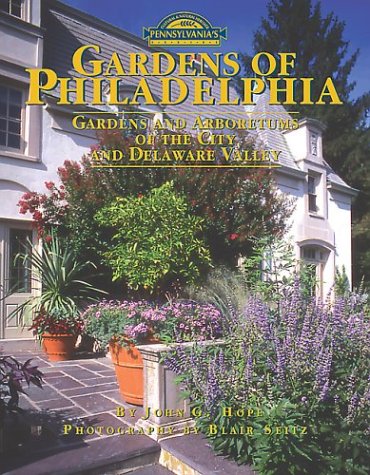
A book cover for Gardens of Philadelphia (Pennsylvania's Cultural & Natural Heritage); John G. Hope; Travel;